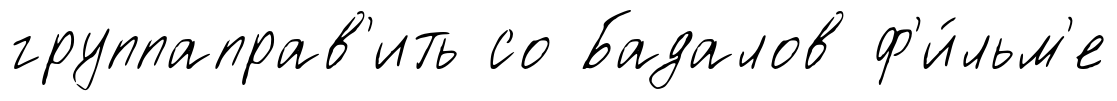
группаправ'ить со Бадалов ф'и́льм'е